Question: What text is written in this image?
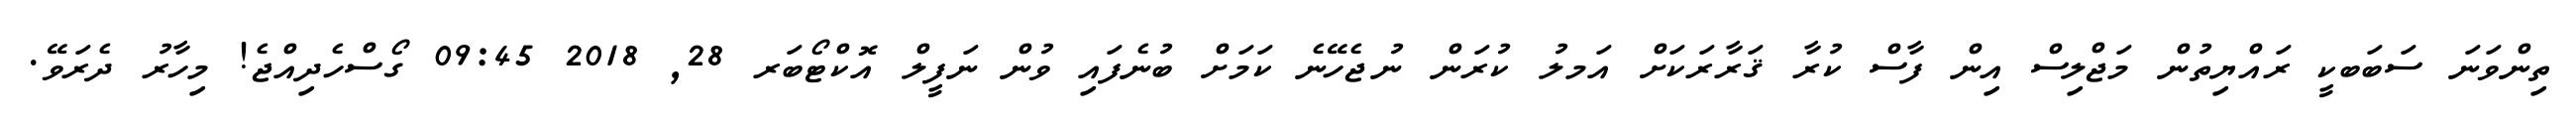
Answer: ތިންވަނަ ސަބަބކީ ރައްޔިތުން މަޖްލިސް އިން ފާސް ކުރާ ޤަރާރަކަށް އަމލު ކުރަން ނުޖެހޭނެ ކަމަށް ބުނެފައި ވުން ނަފީލް އޮކްޓޯބަރ 28, 2018 09:45 ގޯސްހެދިއްޖެ! މިހާރު ދެރަވޭ.